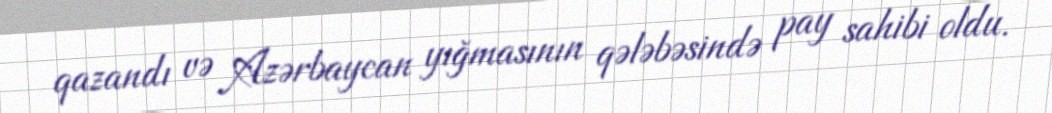
qazandı və Azərbaycan yığmasının qələbəsində pay sahibi oldu.